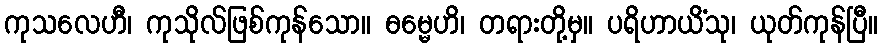
ကုသလေဟီ၊ ကုသိုလ်ဖြစ်ကုန်သော။ ဓမ္မေဟိ၊ တရားတို့မှ။ ပရိဟာယိံသု၊ ယုတ်ကုန်ပြီ။